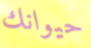
حيوانك